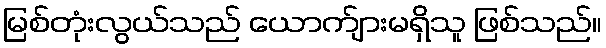
မြစ်တုံးလွယ်သည် ယောက်ျားမရှိသူ ဖြစ်သည်။